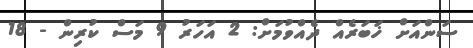
ސަންއަށް ޚަބަރެއް ދެއްވުމަށް: 2 އަހަރު 9 މަސް ކުރިން - 18